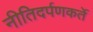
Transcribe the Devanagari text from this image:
नीतिदर्पणकर्ते